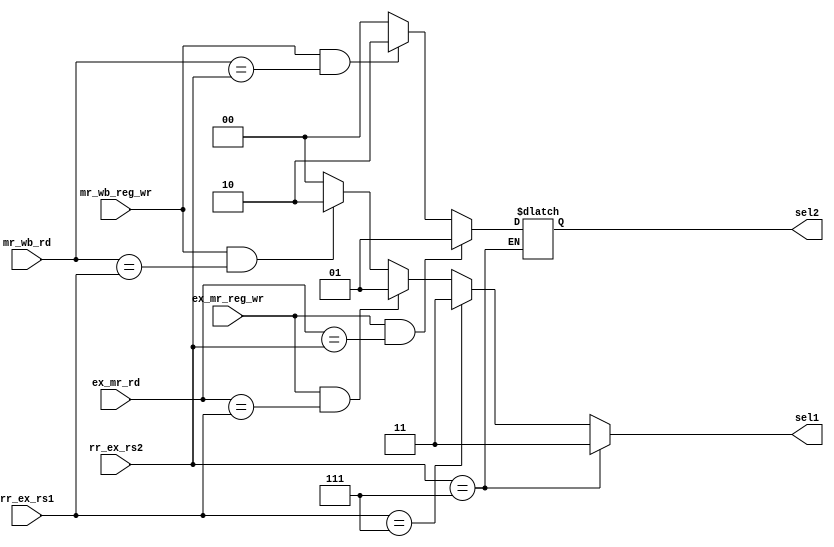
module forwarding_unit(rr_ex_rs1,rr_ex_rs2,ex_mr_reg_wr,mr_wb_reg_wr,ex_mr_rd,mr_wb_rd,sel1,sel2);

input [2:0] rr_ex_rs1,rr_ex_rs2,ex_mr_rd,mr_wb_rd;
input ex_mr_reg_wr,mr_wb_reg_wr;
output reg [1:0] sel1,sel2;

always @(*)
begin

if( rr_ex_rs1 == 3'b111)
sel1 = 2'b11;
else if( ex_mr_reg_wr && (ex_mr_rd == rr_ex_rs1) )
sel1 = 2'b01;
else if( mr_wb_reg_wr && (mr_wb_rd == rr_ex_rs1) )
sel1 = 2'b10;
else sel1 = 2'b00;

if( rr_ex_rs2 == 3'b111)
sel1 = 2'b11;
else if( ex_mr_reg_wr && (ex_mr_rd == rr_ex_rs2) )
sel2 = 2'b01;
else if( mr_wb_reg_wr && (mr_wb_rd == rr_ex_rs2) )
sel2 = 2'b10;
else sel2 = 2'b00;

end

endmodule